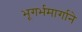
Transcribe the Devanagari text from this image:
भूगर्भमार्गाने